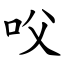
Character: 㕮